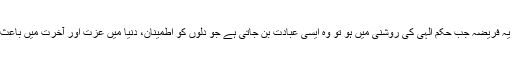
انسانی خدمت کا یہ فریضہ جب حکم الہی کی روشنی میں ہو تو وہ ایسی عبادت بن جاتی ہے جو دلوں کو اطمینان، دنیا میں عزت اور آخرت میں باعث نجات ہوتی ہے۔